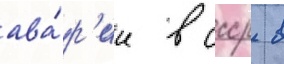
ава́р'ии в ссср в